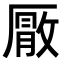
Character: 𭆕